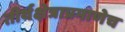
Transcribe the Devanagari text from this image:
तीर्थक्षेत्राप्रमाणेच